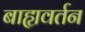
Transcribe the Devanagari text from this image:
बाह्यवर्तन